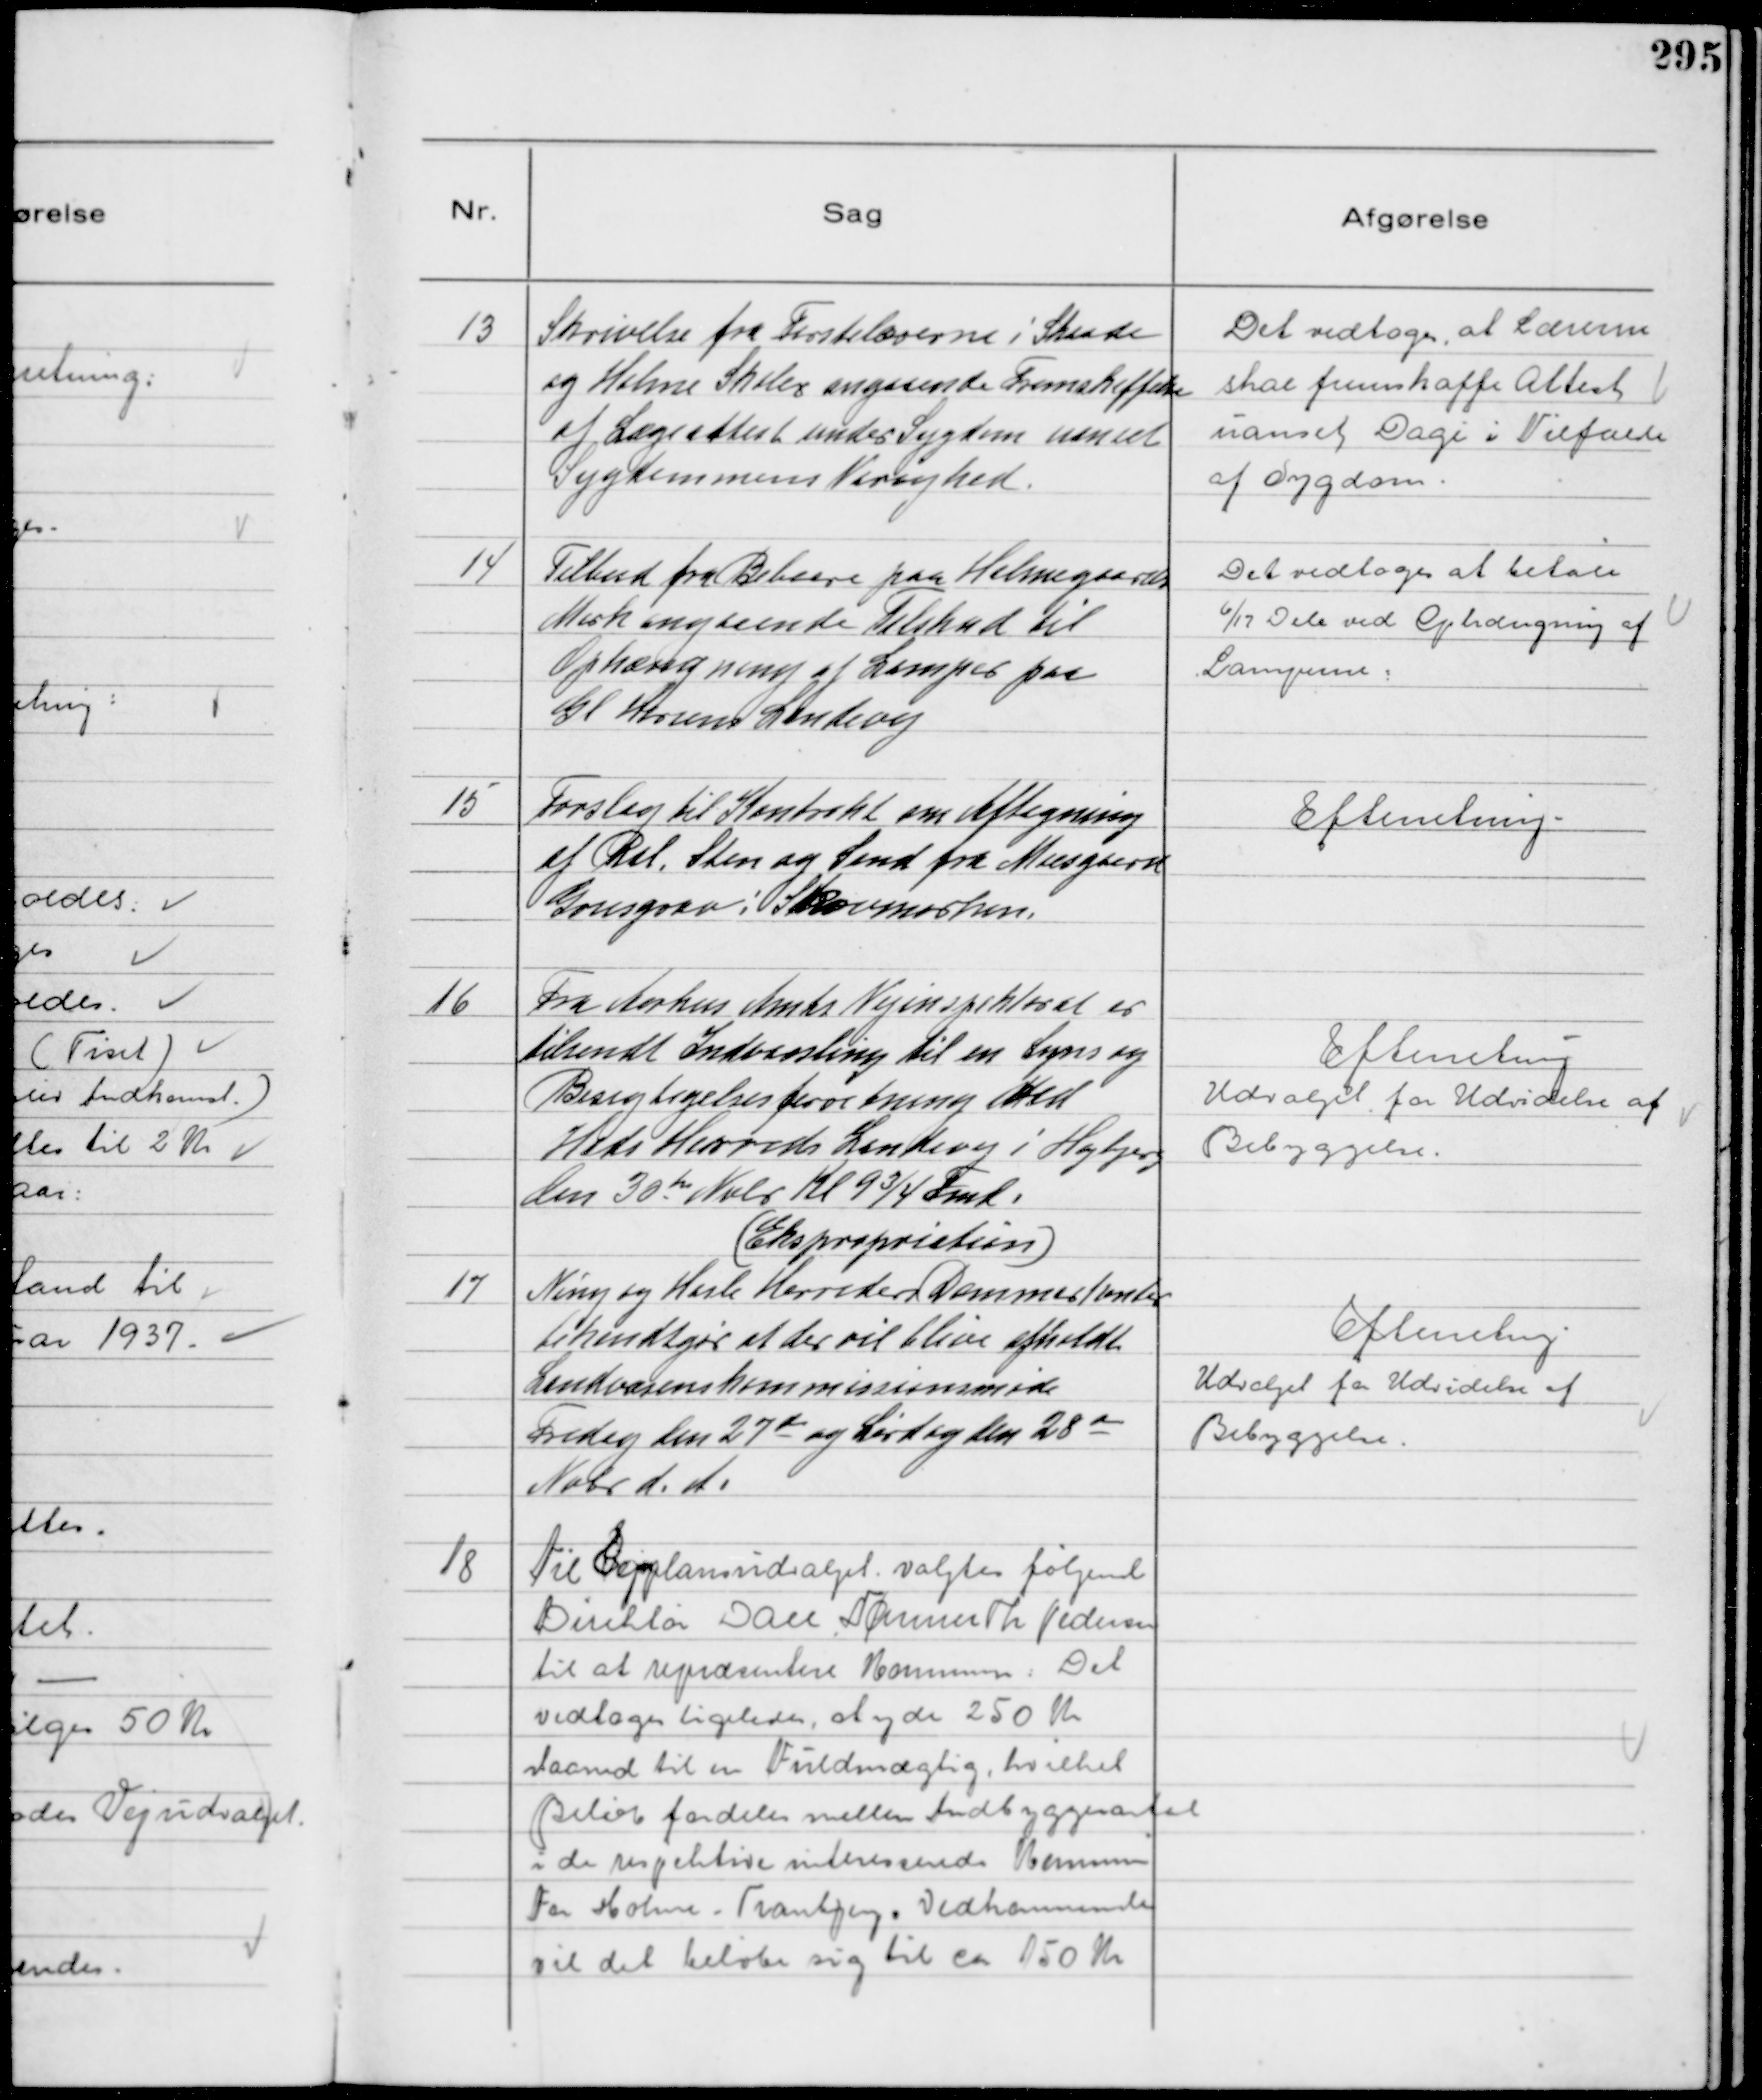
Transskription:
13
Skrivelse fra Førstelærerne i Skaade
og Holme Skoler angaaende Fremskaffelse
af Lægeattest under Sygdom uanset
Sygdommens Varighed.

Det vedtoges at Lærerne
skal fremskaffe Attest
uanset Dage i Tilfælde
af Sygdom

14
Tilbud fra Beboere paa Holmegaards
Mark angaaende Tilskud til
Ophængning af Lamper paa
Gl Horsens Landevej

Det vedtoges at betale
6/17 Dele ved Ophængning af
Lamperne.

15
Forslag til Kontrakt om Aftagning
af Ral, Sten og Sand fra Moesgaard
Grusgrav i Skovmarken.

Efterretning

16
Fra Aarhus Amts Vejinspektorat er
tilsendt Indvarsling til en Syns og
Besigtigelsesforretning ved
Hads Herreds Landevej i Højbjerg
den 30 te Nvbr Kl 9¾ Fmd.
(Ekspropriation)

Efterretning
Udvalget for Udvidelse af
Bebyggelse.

17
Ning og Hads Herreders Dommerkontor
bekendtgør at der vil blive afholdt
Landvæsenskommissionsmøde
Fredag den 27de og Lørdag den 28de
Nobr d. A.

Efterretning
Udvalget for Udvidelse af
Bebyggelse

18
Til Byplanudvalget valgtes følgende
Direktør Jan Hammer Th Pedersen
til at repræsentere Kommunen. Det
vedtoges ligeledes, at yde 250 Kr
Maaned til en Fuldmægtig, hvilket
Beløb fordeles mellem Indbyggerantal
i de respektive interesserede Kommuner
For Holme - Tranbjergs Vedkommende
vil det beløbe sig til ca 150 Kr